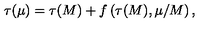
\tau ( \mu ) = \tau ( M ) + f \left( \tau ( M ) , \mu / M \right) ,